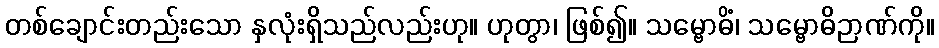
တစ်ချောင်းတည်းသော နှလုံးရှိသည်လည်းဟု။ ဟုတွာ၊ ဖြစ်၍။ သမ္ဗောဓိံ၊ သမ္ဗောဓိဉာဏ်ကို။